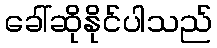
ခေါ်ဆိုနိုင်ပါသည်